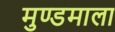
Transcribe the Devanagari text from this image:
मुण्डमाला